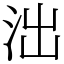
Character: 泏